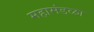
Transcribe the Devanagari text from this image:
महामंडळा